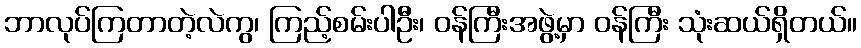
ဘာလုပ်ကြတာတဲ့လဲကွ၊ ကြည့်စမ်းပါဦး၊ ဝန်ကြီးအဖွဲ့မှာ ဝန်ကြီး သုံးဆယ်ရှိတယ်။